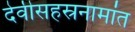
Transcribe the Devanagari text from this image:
देवीसहस्रनामांत